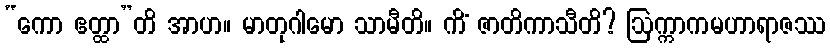
“ကော ဧတ္ထာ”တိ အာဟ။ မာတုဂါမော သာမီတိ။ ကိံ ဇာတိကာသီတိ? ဩက္ကာကမဟာရာဇဿ